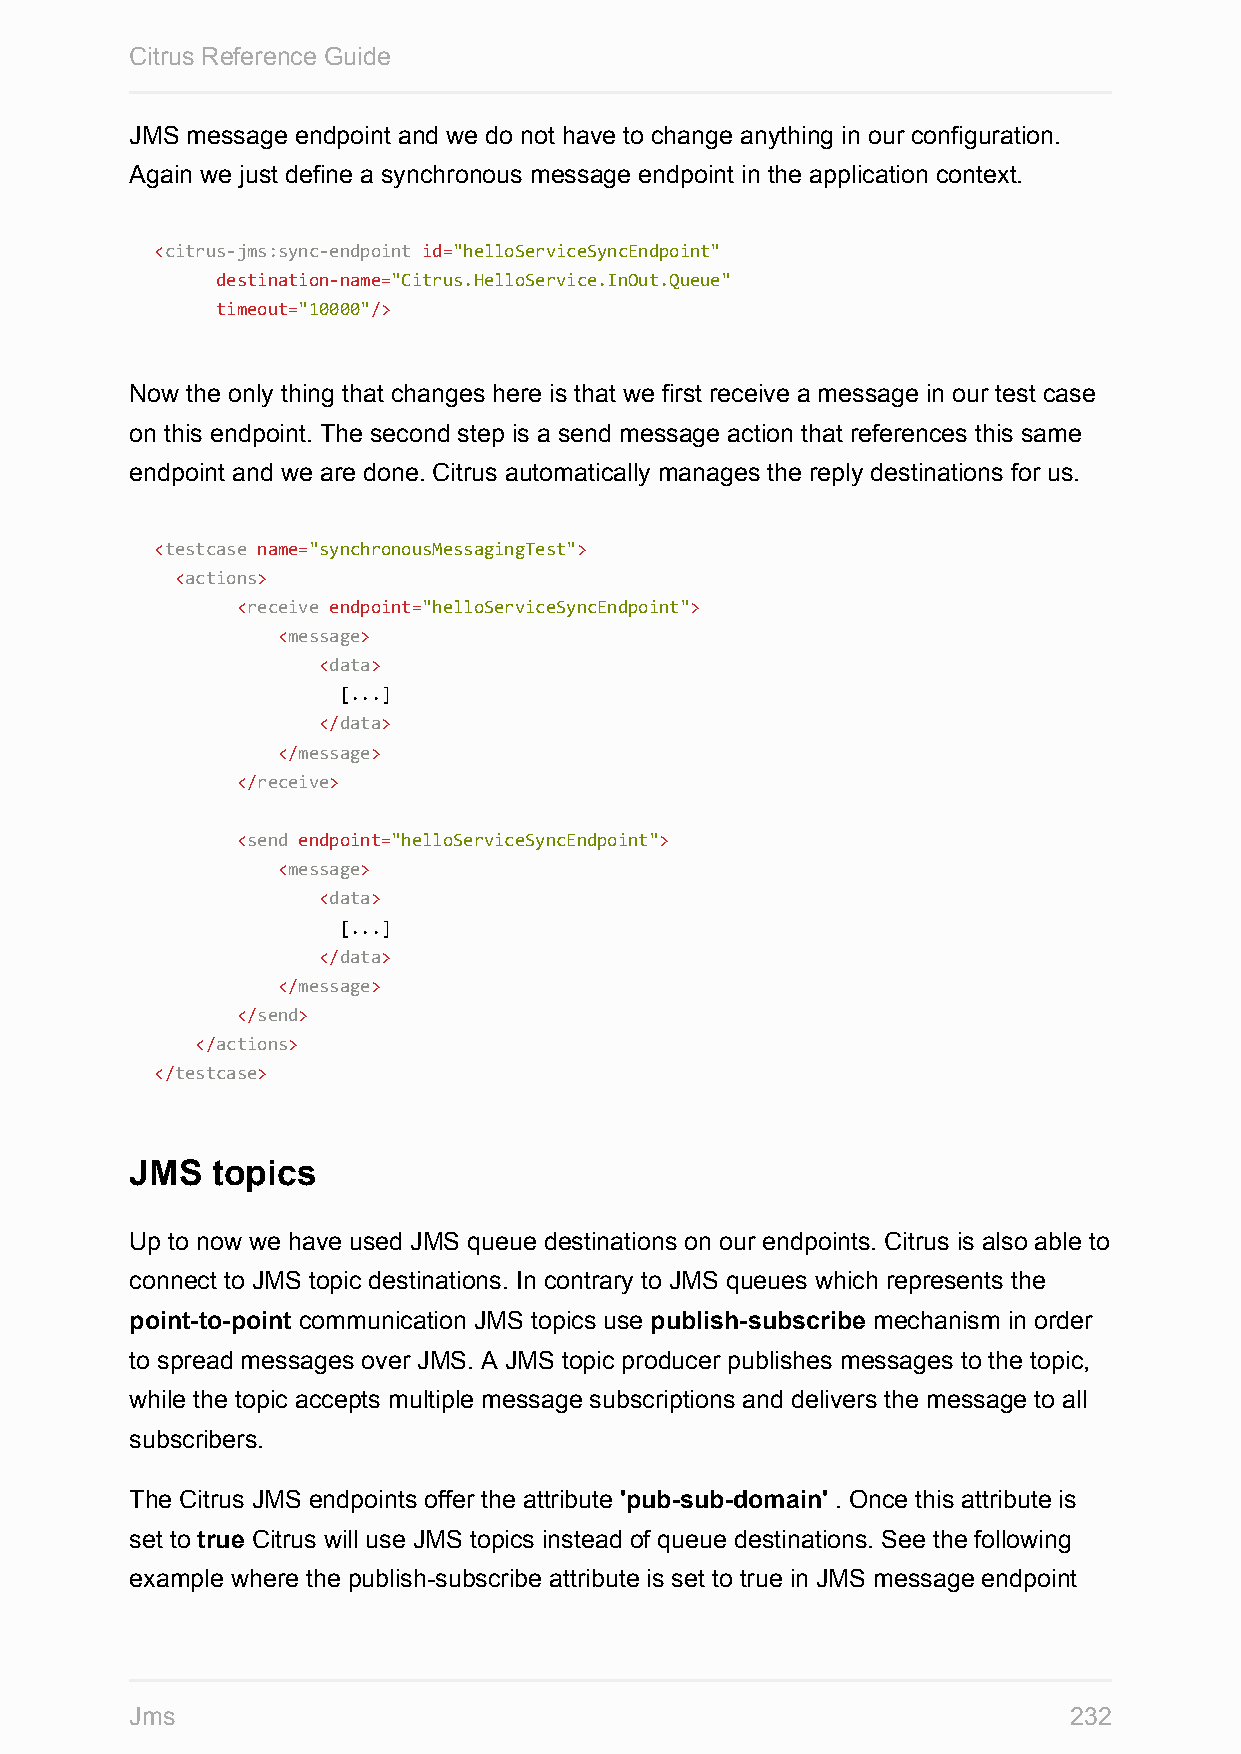
Citrus Reference Guide
 JMS message endpoint and we do not have to change anything in our configuration.
 Again we just define a synchronous message endpoint in the application context.
 <citrus-jms:sync-endpoint id="helloServiceSyncEndpoint"
 destination-name="Citrus.HelloService.InOut.Queue"
 timeout="10000"/>
 Now the only thing that changes here is that we first receive a message in our test case
 on this endpoint. The second step is a send message action that references this same
 endpoint and we are done. Citrus automatically manages the reply destinations for us.
 <testcase name="synchronousMessagingTest">
 <actions>
 <receive endpoint="helloServiceSyncEndpoint">
 <message>
 <data>
 [...]
 </data>
 </message>
 </receive>
 <send endpoint="helloServiceSyncEndpoint">
 <message>
 <data>
 [...]
 </data>
 </message>
 </send>
 </actions>
 </testcase>
 JMS  topics
 Up to now we have used JMS queue destinations on our endpoints. Citrus is also able to
 connect to JMS topic destinations. In contrary to JMS queues which represents the
 point-to-point communication JMS topics use publish-subscribe mechanism in order
 to spread messages over JMS. A JMS topic producer publishes messages to the topic,
 while the topic accepts multiple message subscriptions and delivers the message to all
 subscribers.
 The Citrus JMS endpoints offer the attribute 'pub-sub-domain' . Once this attribute is
 set to true Citrus will use JMS topics instead of queue destinations. See the following
 example where the publish-subscribe attribute is set to true in JMS message endpoint
 Jms                                                           232